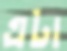
এটা